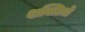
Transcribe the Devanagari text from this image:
शक्तिय़ो